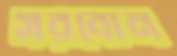
সরবোন